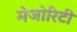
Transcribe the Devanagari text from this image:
मेजोरिटी